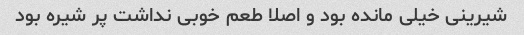
شیرینی خیلی مانده بود و اصلا طعم خوبی نداشت پر شیره بود